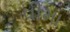
વીમા